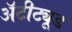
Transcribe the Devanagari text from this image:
अॅटीट्यूड